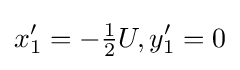
x_{1}^{\prime }=-{\tfrac {1}{2}}U,y_{1}^{\prime }=0